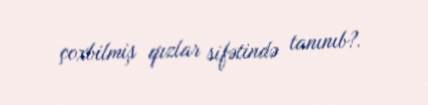
çoxbilmiş qızlar sifətində tanınıb?.